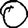
Digit: 0